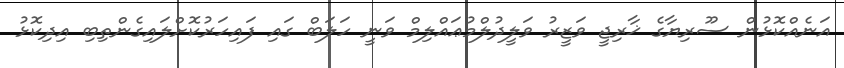
އަނެއްކޮޅުން ސޫރިޔާގެ ޚާރިޖީ ވަޒީރު ވަލީދުލްމުޢައްލިމް ވަނީ ހަލަބް ގައި ފައިހަރުކޮށްލައިގެންތިބި އިދިކޮޅު